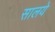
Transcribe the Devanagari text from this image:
सालये